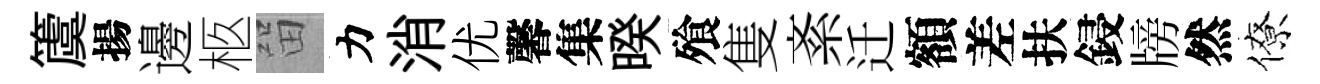
𥵂揚邊柩㽞力消优馨集暌飱隻紊迁額差扶鋟牓然僚